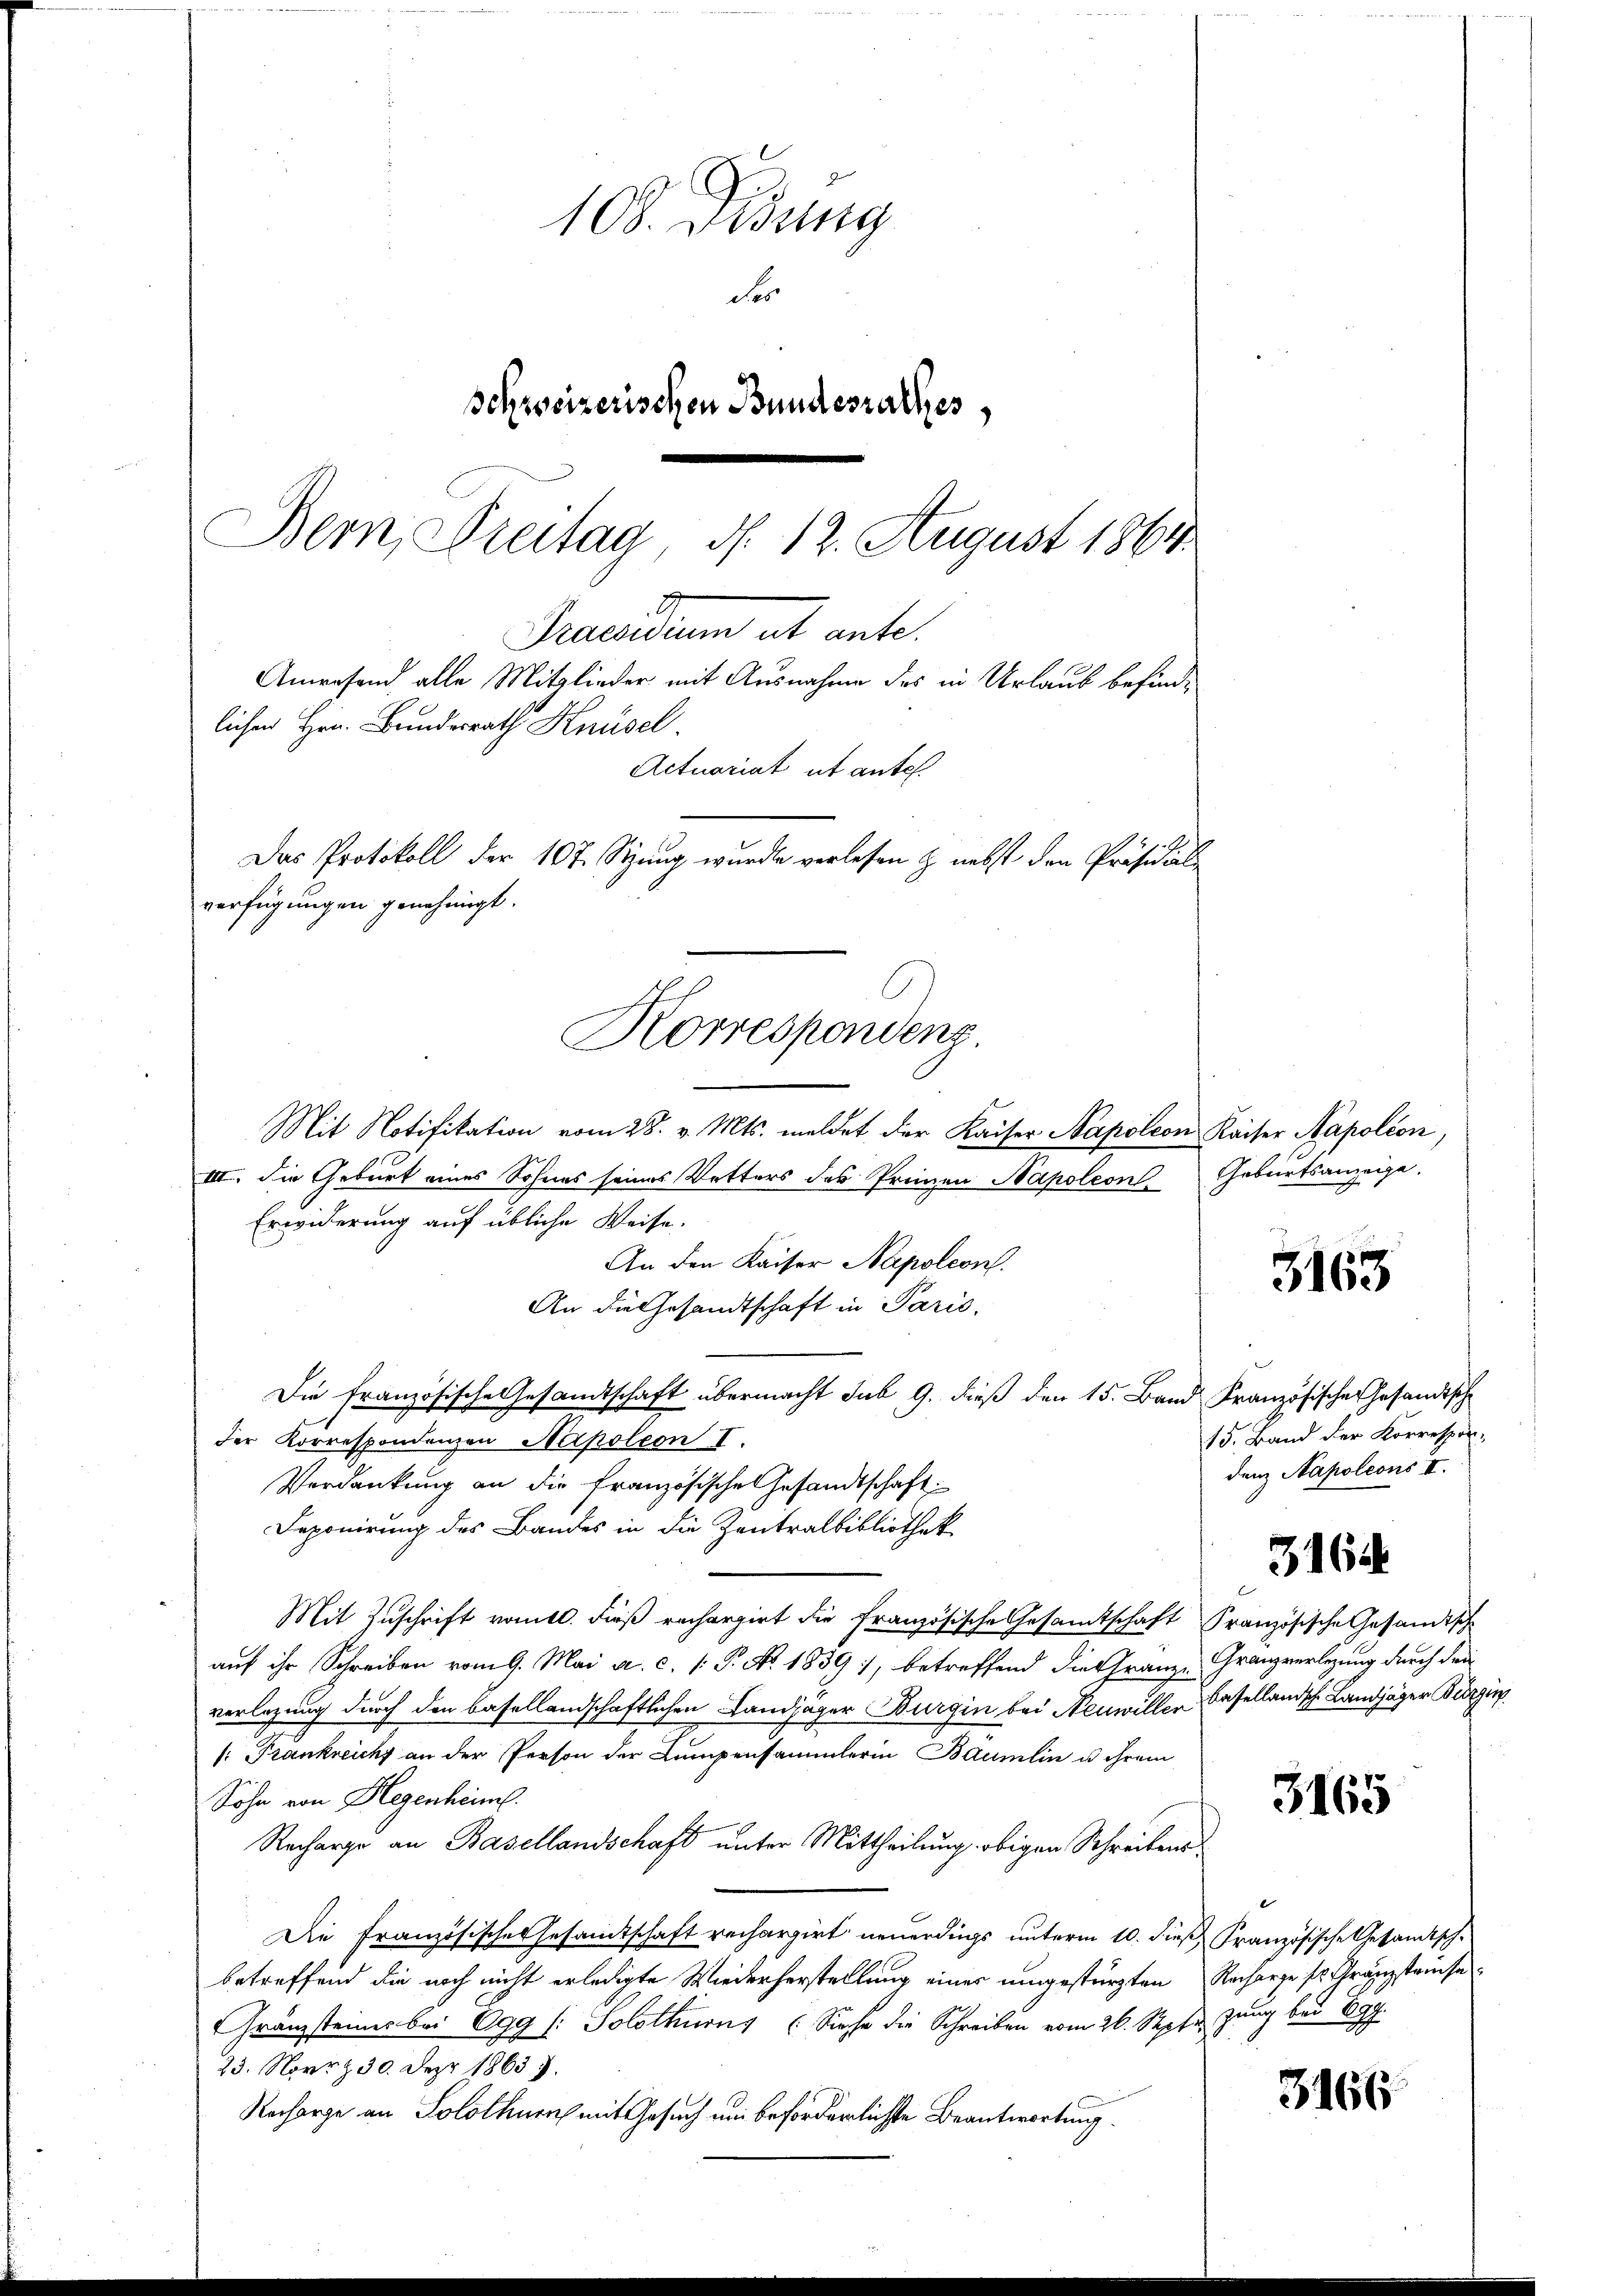
108. Didung
der
Schreizerischen Bundesrathes,
Bern, Freitag d. 12. August 1864

lichen Hrn. Bundesrath Knüsel.
verfügungen genehmigt.
Korrespondenz

Praesidium et ante.
Anwesend alle Mitglieder mit Ausnahme des in Urlaub befind¬
Actuariat ut ante.
Das Protokoll der 107. Stung wurde verlesen z nebst den Präsidiali

Mit Notifikation vom 28. v. Mts. meldet der Kaiser Napoleon Kaiser Napoléon,
III. Die Geburt eines Sohnes seines Vetters des Premen Napoleon Geburtsanzeige.
Erwiderung auf übliche Weise.
An den Kaiser Napoleon
An die Gesandtschaft in Paris,
Die Französische Gesandtschaft übermacht sub 9. dieß den 15. Band Französische Gesandtsch
der Korrespondenzen Napoleon I.
Verdankung an die französische Gesandtschaft
Deponirung des Bandes in die Zentralbibliothek
Mit Zuschrift vomtl. dieß rechargirt die französische Gesamtschaft Französische Gesandtisch
auf ihr Schreiben vom 9. Mai a. c. 1 P. No. 1839), betreffend die Granz-Granzverlegung durch den
verlegung durch den basellandschaftlichen Landjäger Burgin bei Neuwiller Basellandsche Landjäger Bürgen
s: Frankreicht an der Person der Lumpensammlerin Baumlin u ihrem
Sohn von Hegenheim.
Recharge an Basellandschaft unter Mittheilung obigen Schreibense
Die Französische Gesamtschaft rechargirt neuerdings unterm 10. dieß Französische Gesandtsch-
betreffend die noch nicht erledigte Wiederherstellung eines umgestürzten Recharge sr. Granzstause
Gränzsteines bei 699 (: Solothurns (Siehe die Schreiben vom 26. Septe zung bei Egg.
23. Novrz 30. Dez. 1863.
Recharge an Solothurn mit Gesuch um beförderlichste Beantwortung.

3163

15. Band der Korrespondenz Napoleons II.

316

3165

3166